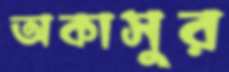
অকাসুর